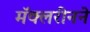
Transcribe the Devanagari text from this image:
मॅक्लरीनने